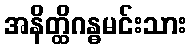
အနိတ္ထိဂန္ဓမင်းသား